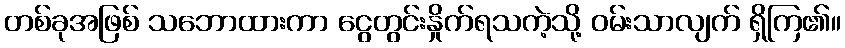
တစ်ခုအဖြစ် သဘောထားကာ ငွေတွင်းနှိုက်ရသကဲ့သို့ ဝမ်းသာလျက် ရှိကြ၏။